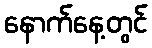
နောက်နေ့တွင်